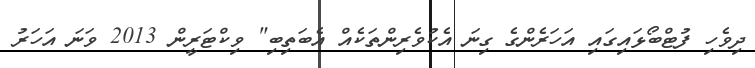
ދިވެހި ފުޓްބޯޅައިގައި އަހަރެންގެ ގިނަ އެކުވެރިންތަކެއް އެބަތިބި" ވިކްޓަރީން 2013 ވަނަ އަހަރު